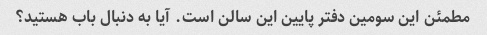
مطمئن این سومین دفتر پایین این سالن است. آیا به دنبال باب هستید؟